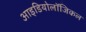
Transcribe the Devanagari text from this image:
आइडियोलॉजिकल